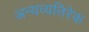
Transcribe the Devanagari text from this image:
अन्यव्यतिरेक